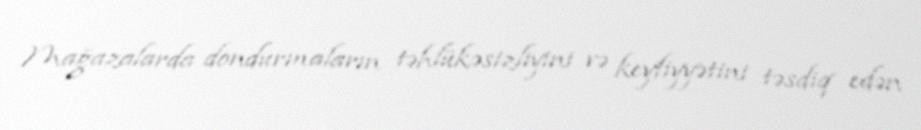
Mağazalarda dondurmaların təhlükəsizliyini və keyfiyyətini təsdiq edən